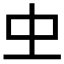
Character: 𠀐